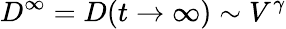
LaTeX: D^{\infty}=D(t\to\infty)\sim V^{\gamma}